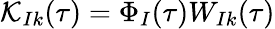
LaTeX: \mathcal{K}_{Ik}(\tau)=\Phi_{I}(\tau)W_{Ik}(\tau)